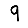
Digit: 9